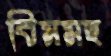
বিমসহ